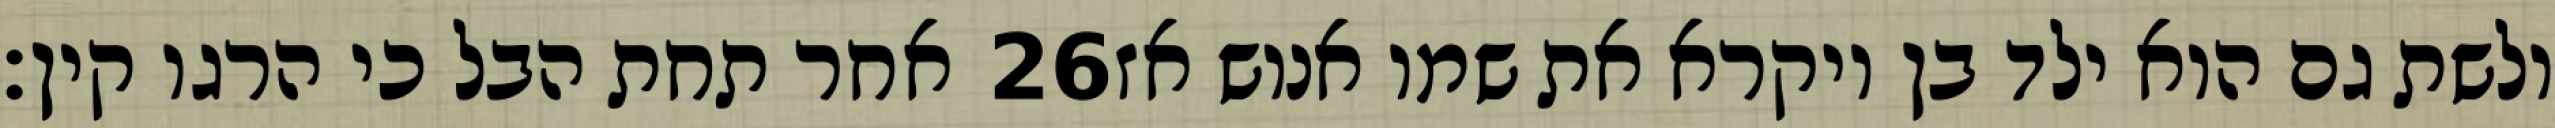
אחר תחת הבל כי הרגו קין׃ ‎26‏ ולשת גם הוא ילד בן ויקרא את שמו אנוש אז